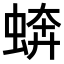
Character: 𧎔